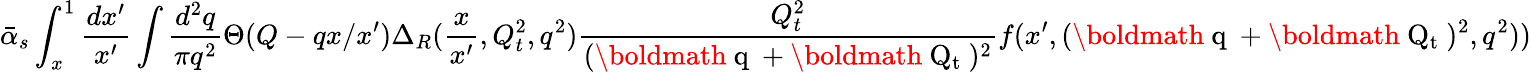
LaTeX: \bar{\alpha}_{s}\int_{x}^{1}{\frac{dx^{\prime}}{x^{\prime}}}\int{\frac{d^{2}q}{\pi q^{2}}}\Theta(Q-qx/x^{\prime})\Delta_{R}({\frac{x}{x^{\prime}}},Q_{t}^{2},q^{2}){\frac{Q_{t}^{2}}{(\mathrm{\boldmath~q~}+\mathrm{\boldmath~Q_{t}~})^{2}}}f(x^{\prime},(\mathrm{\boldmath~q~}+\mathrm{\boldmath~Q_{t}~})^{2},q^{2}))